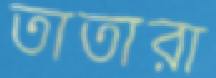
তাতারা